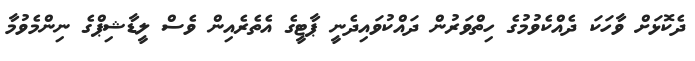
ދެކޮޅަށް ވާހަކަ ދެއްކެވުމުގެ ހިތްވަރުން ދައްކުވައިދެނީ ޕާޓީގެ އެތެރެއިން ވެސް ލީޑާޝިޕްގެ ނިންމެވުމާ